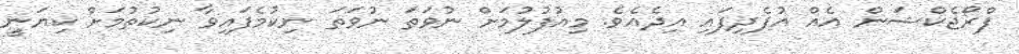
ޕްރޯޖެކްޝަން އެއް އުފެދިފައި އިދެއެވެ. މިއުފުލުމަށް ނުވަތަ ނުވަތަ ނިކުމެފައިވާ ނިކުތުމަށް ކިޔަނީ